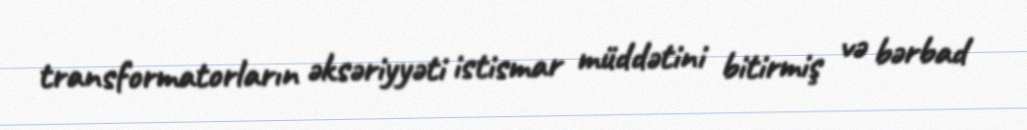
transformatorların əksəriyyəti istismar müddətini bitirmiş və bərbad